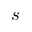
s